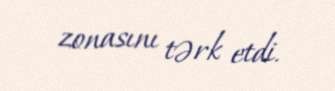
zonasını tərk etdi.